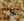
ظن